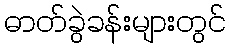
ဓာတ်ခွဲခန်းများတွင်